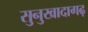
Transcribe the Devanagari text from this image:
सुनुखादागढ़